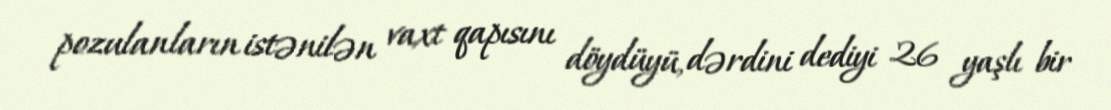
pozulanların istənilən vaxt qapısını döydüyü, dərdini dediyi 26 yaşlı bir